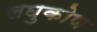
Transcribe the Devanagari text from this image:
लघुकोण